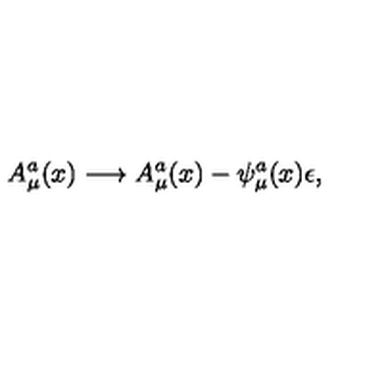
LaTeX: A _ { \mu } ^ { a } ( x ) \longrightarrow A _ { \mu } ^ { a } ( x ) - \psi _ { \mu } ^ { a } ( x ) \epsilon ,